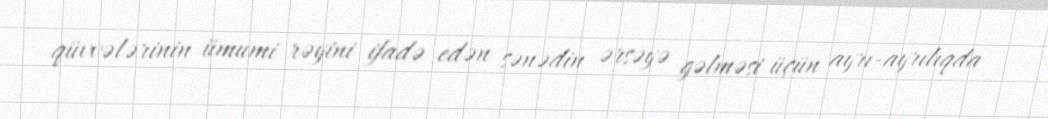
qüvvələrinin ümumi rəyini ifadə edən sənədin ərsəyə gəlməsi üçün ayrı-ayrılıqda